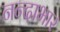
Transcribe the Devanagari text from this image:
नन्दाभार